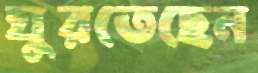
ঘুরতেছেন